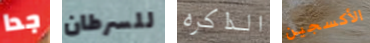
جدا للسرطان الذاكره الأكسجين